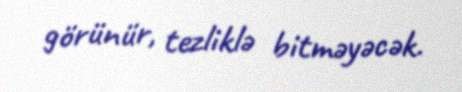
görünür, tezliklə bitməyəcək.